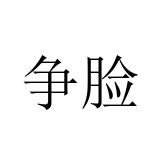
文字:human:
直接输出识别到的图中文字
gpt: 争脸